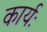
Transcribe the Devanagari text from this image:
कार्यः